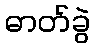
ဓာတ်ခွဲ